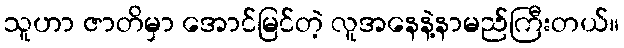
သူဟာ ဇာတိမှာ အောင်မြင်တဲ့ လူအနေနဲ့နာမည်ကြီးတယ်။